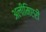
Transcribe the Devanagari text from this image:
अलीमिएरी